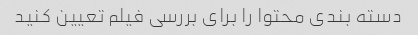
دسته بندی محتوا را برای بررسی فیلم تعیین کنید